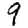
Digit: 9